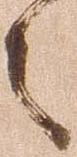
之